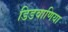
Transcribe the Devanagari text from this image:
डिडवाणिया